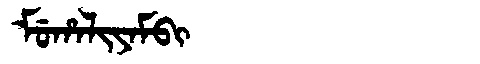
Manchu: ᠮᡠᡥᠠᠯᡳᠶᠠᠮᠪᡳ
Romanization: MUHALIYAMBI